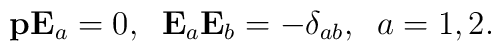
{\bf p}{\bf E}_a=0,\;\;{\bf E}_a{\bf E}_b=-\delta_{ab},\;\;a=1,2.